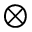
\otimes